Report on horse surra - Volume II, Part II
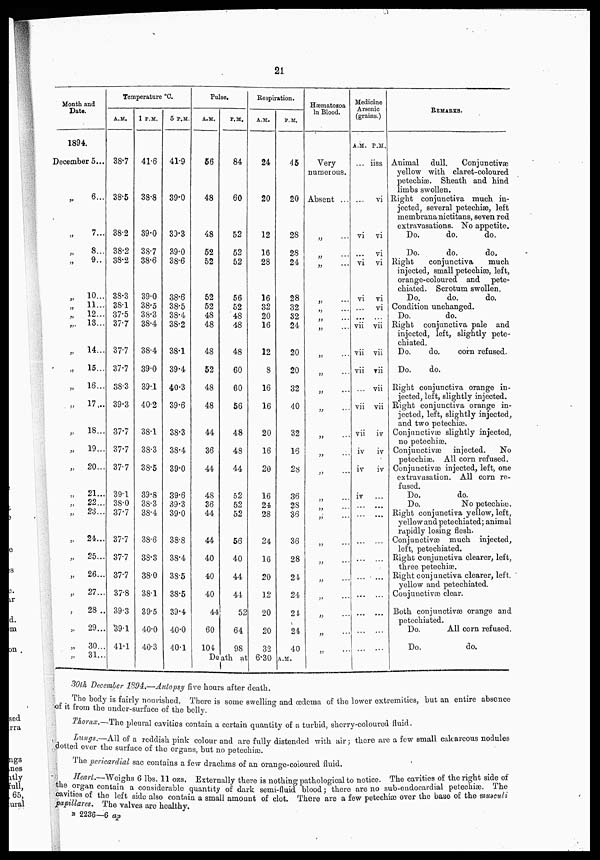
Month and
Date.
1894.
December
„
„
„
„
„
„
„
„
„
„
„
„
„
„
„
„
„
„
„
„
„
„
„
„
„
5...
6...
7...
8...
9..
10...
11...
12...
13...
14...
15...
16...
17,..
18...
19...
20...
21...
22...
23...
24...
25...
26...
27...
28 ..
29...
30...
31...
Temperature °C.
A.M.
38.7
38.5
38.2
38.2
38.2
38.3
38.1
37.5
37.7
37.7
37.7
38.3
39.3
37.7
37.7
37.7
39.1
38.0
37.7
37.7
37.7
37.7
37.8
39.3
39.1
41.1
1 P.M.
41.6
38.8
39.0
38.7
38.6
39.0
38.5
38.3
38.4
38.4
39.0
39.1
40.2
38.1
38.3
38.5
39.8
38.3
38.4
38.6
38.3
38.0
38.1
39.5
40.0
40.3
5 P.M.
41.9
39.0
39.3
39.0
38.6
38.6
38.5
38.4
38.2
38.1
39.4
40.3
39.6
38.3
38.4
39.0
39.6
39.3
39.0
38.8
38.4
38.5
38.5
39.4
40.0
40.1
Pulse,
A.M,
66
48
48
52
52
52
52
48
48
48
52
48
48
44
36
44
48
36
44
44
40
40
40
44
60
104
P.M.
84
60
52
52
52
56
52
48
48
48
60
60
56
48
48
44
52
52
52
56
40
44
44
52
64
98
Respiration.
A.M.
24
20
12
16
28
16
32
20
16
12
8
16
16
20
16
20
16
24
28
24
16
20
12
20
20
32
P.M.
Ah
20
28
28
24
28
32
32
24
20
20
32
40
32
16
28
36
28
36
36
28
24
24
24
24
40
Death at6.30A.M.
Hæmatozoa
In Blood.
Very
numerous.
Absent ...
„
„
„ ...
„ ....
„ ....
„
„
„
„ ...
„
„
„
„ ...
„ ...
„
„
„
„
„
„
„
„
Medicine
Arsenic
(grains.)
A.M.
...
...
vi
...
vi
vi
...
vii
vii
vii
...
vii
vii
iv
iv
iv
...
...
P.M.
iiss
vi
vi
vi
vi
vi
vi
vii
vii
vii
vii
vii
iv
iv
iv
...
...
REMARKS.
Animal dull.
Conjunctivae
yellow with, claret-coloured
petechias. Sheath and hind
limbs swollen.
Right conjunctiva much, in-
jected, several petechias, left
membrana nictitans, seven red
extravasations. No appetite.
Do.
do.
do.
Do.
do.
do.
Right
conjunctiva
much
injected, small petechias, left,
orange-coloured and pete-
chiated. Scrotum swollen.
Do.
do.
do.
Condition unchanged.
Do.
do.
Right conjunctiva pale and
injected, left, slightly pete-
chiated.
Do.
do.
corn refused.
Do.
do.
Right conjunctiva orange in-
jected, left, slightly injected.
Right conjunctiva orange in-
jected, left, slightly injected,
and two petechiæ.
Conjunctivæ slightly injected,
no petechiæ.
Conjunctivæ
injected.
No
petechias. All corn refused.
Conjunctivæ injected, left, one
extravasation. All corn re-
fused.
Do.
do.
Do.
No petechiæ.
Right conjunctiva yellow, left,
yellow and petechiated; animal
rapidly losing flesh.
Conjunctivæ much, injected,
left, petechiated.
Right conjunctiva clearer, left,
three petechiæ.
Right conjunctiva clearer, left,
yellow and petechiated.
Conjunctivæ clear.
Both conjunctivæ orange and
petechiated.
Do.
All corn refused.
Do.
do.
30th December 1894.—Autopsy five hours after death.
The body is fairly nourished. There is some swelling and œdema of the lower extremities, but an entire absence
of it from the under-surface of the belly.
Thorax.—The pleural cavities contain a certain quantity of a turbid, sherry-coloured fluid.
Lungg.—All of a reddish pink colour and are fully distended with air; there are a few small calcareous nodules
dotted over the surface of the organs, but no petechia).
The pericardial sac contains a few drachms of an orange-coloured fluid.
Heart.—Weighs 6 lbs. 11 ozs. Externally there is nothing pathological to notice. The cavities of the right side of
the organ contain a considerable quantity of dark semi-Quid blood; there are no sub-endocardial petechiæ. The
cavities of the left side also contain a small amount of clot. There are a few petechiæover the base of the muaculi
papillares. The valves are healthy.
B 2236—6 ap